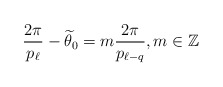
\begin{align*}\frac{2\pi}{p_\ell}-\widetilde\theta_0=m\frac{2\pi}{p_{\ell-q}},m\in \mathbb{Z}\end{align*}